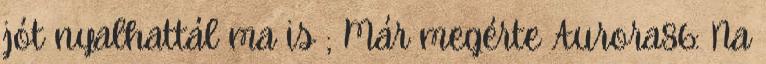
jót nyalhattál ma is ; Már megérte Aurora86: Na